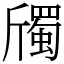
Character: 斶